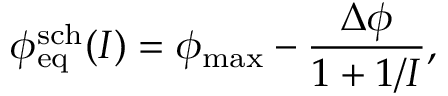
\phi _ { \mathrm { e q } } ^ { \mathrm { s c h } } ( I ) = \phi _ { \mathrm { m a x } } - \frac { \Delta \phi } { 1 + 1 / I } ,